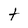
Character: t